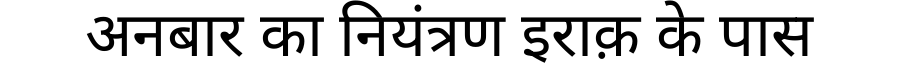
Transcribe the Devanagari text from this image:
अनबार का नियंत्रण इराक़ के पास